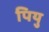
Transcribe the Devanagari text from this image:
पियु